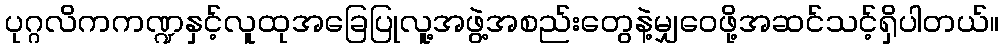
ပုဂ္ဂလိကကဏ္ဍနှင့်လူထုအခြေပြုလူ့အဖွဲ့အစည်းတွေနဲ့မျှဝေဖို့အဆင်သင့်ရှိပါတယ်။